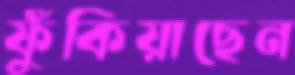
ফুঁকিয়াছেন